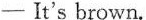
- It's brown.